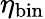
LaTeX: \eta_{\mathrm{bin}}